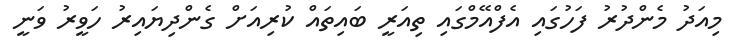
މިއަދު މެންދުރު ފަހުގައި އެފްއޭމްގައި ތިއަރީ ބައިތައް ކުރިއަށް ގެންދިޔައިރު ހަވީރު ވަނީ